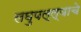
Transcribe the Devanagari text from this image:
लघुपल्ल्याचे